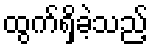
ထွက်ရှိခဲ့သည့်